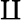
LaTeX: \amalg